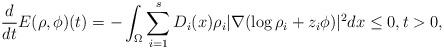
LaTeX: \begin{align*}\frac{d}{dt}E(\rho, \phi)(t) = -\int _{\Omega} \sum_{i=1}^s D_i(x)\rho_i|\nabla (\log \rho_i+z_i\phi) |^2 d x \leq 0, t>0,\end{align*}